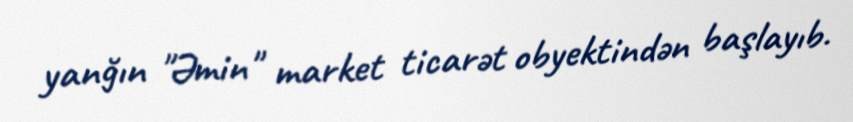
yanğın "Əmin" market ticarət obyektindən başlayıb.